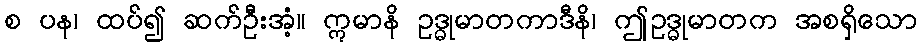
စ ပန၊ ထပ်၍ ဆက်ဦးအံ့။ ဣမာနိ ဥဒ္ဓုမာတကာဒီနိ၊ ဤဥဒ္ဓုမာတက အစရှိသော